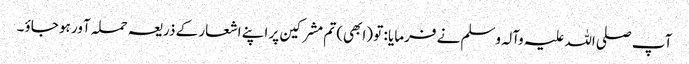
آپ صلی اللہ علیہ وآلہ وسلم نے فرمایا : تو (ابھی) تم مشرکین پر اپنے اشعار کے ذریعہ حملہ آور ہو جاؤ۔